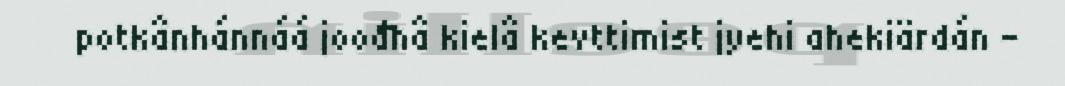
potkânhánnáá joođhâ kielâ kevttimist jyehi ahekiärdán –